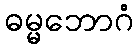
ဓမ္မဘောဂံ